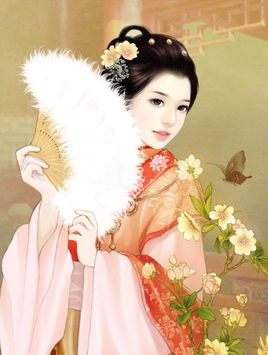
手捻香笺忆小莲。欲将遗恨倩谁传。